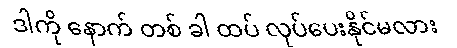
ဒါကို နောက် တစ် ခါ ထပ် လုပ်ပေးနိုင်မလား